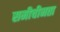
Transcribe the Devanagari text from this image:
समीचीनता